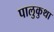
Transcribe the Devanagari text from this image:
पालुकुथा